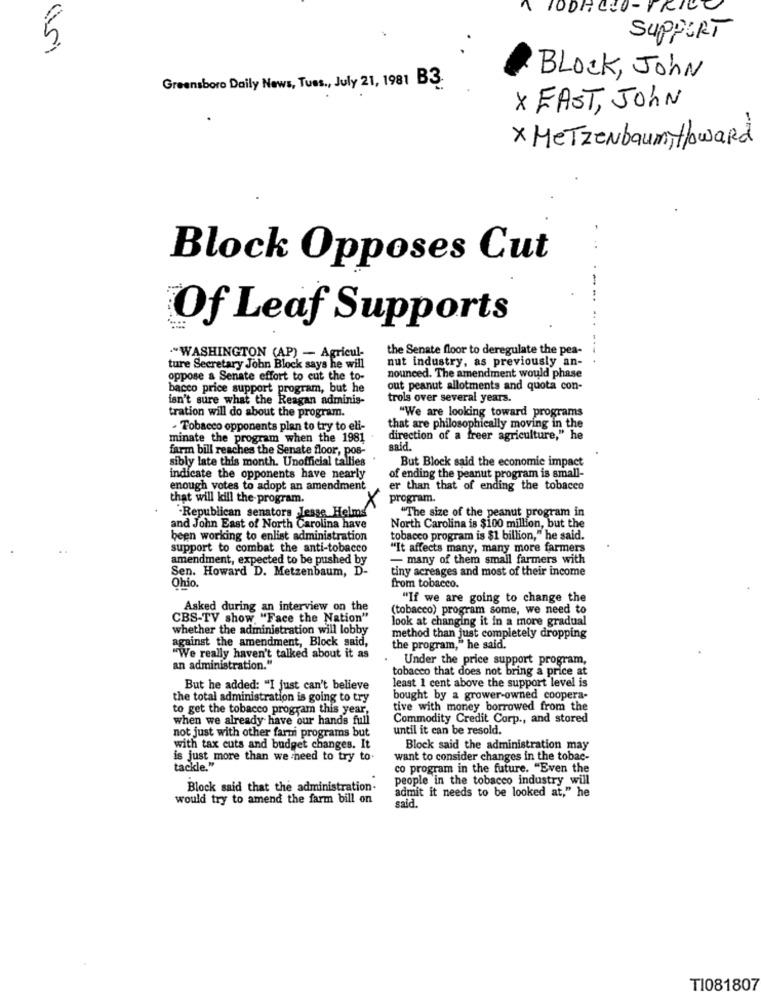
PODPOCO -TRIC
5
SUPPORT
Greensboro Daily News, Tues ., July 21, 1981 B3
BLOCK, John
X FAST, JOHN
X MeTzenbaum, Howard
Block Opposes Cut
Of Leaf Supports
the Senate floor to deregulate the pea-
---
.WASHINGTON (AP) - Agricul-
ture Secretary John Block says he will
nut industry, as previously an-
nounced. The amendment would phase
oppose a Senate effort to cut the to-
bacco price support program, but he
out peanut allotments and quota con-
isn't sure what the Reagan adminis-
trols over several years.
"We are looking toward programs
tration will do about the program.
- Tobacco opponents plan to try to eli-
that are philosophically moving in the
minate the program when the 1981
direction of a freer agriculture," he
farm bill reaches the Senate floor, pos-
sald.
sibly late this month. Unofficial tallies
But Block said the economic impact
indicate the opponents have nearly
of ending the peanut program is small-
enough votes to adopt an amendment
er than that of ending the tobacco
that will kill the program.
program.
"The size of the peanut program in
"Republican senators Jesse Helms
and John East of North Carolina have
North Carolina is $100 million, but the
been working to enlist administration
tobacco program is $1 billion," he said.
support to combat the anti-tobacco
"It affects many, many more farmers
amendment, expected to be pushed by
- many of them small farmers with
Sen. Howard D. Metzenbaum, D
tiny acreages and most of their income
Ohio .
from tobacco.
"If we are going to change the
Asked during an interview on the
(tobacco) program some, we need to
CBS-TV show "Face the Nation"
look at changing it in a more gradual
whether the administration will lobby
against the amendment, Block said,
method than just completely dropping
the program," he said.
"We really haven't talked about it as
Under the price support program,
an administration."
tobacco that does not bring a price at
least 1 cent above the support level is
But he added: "I just can't believe
the total administration is going to try
bought by a grower-owned coopera-
to get the tobacco program this year.
tive with money borrowed from the
when we already have our hands full
Commodity Credit Corp ., and stored
not just with other farmi programs but
until it can be resold.
with tax cuts and budget changes. It
Block said the administration may
is just more than we need to try to.
want to consider changes in the tobac-
tackle."
co program in the future. "Even the
people in the tobacco industry will
Block said that the administration-
admit it needs to be looked at," he
would try to amend the farm bill on
said.
TI081807